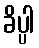
ခိပ္ပါ